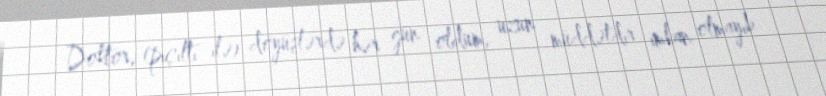
Doktor, (pıçıltı ilə) döyüşlərdə hər gün oldum, uzun müddətdir imkan olmayıb